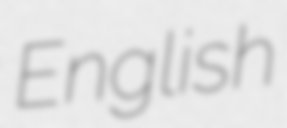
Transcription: English